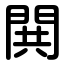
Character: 閧